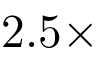
2 . 5 \times